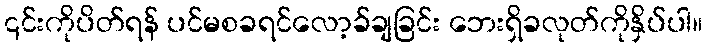
၎င်းကိုပိတ်ရန် ပင်မစခရင်လော့ခ်ချခြင်း ဘေးရှိခလုတ်ကိုနှိပ်ပါ။